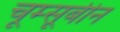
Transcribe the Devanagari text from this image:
चूम्सूबीन